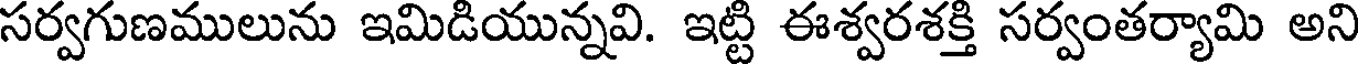
సర్వగుణములును ఇమిడియున్నవి. ఇట్టి ఈశ్వరశక్తి సర్వంతర్యామి అని